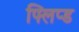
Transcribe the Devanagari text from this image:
फ्लिप्ड